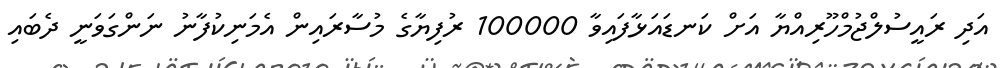
އަދި ރައީސުލްޖުމްހޫރިއްޔާ އަށް ކަނޑައަޅާފައިވާ 100000 ރުފިޔާގެ މުސާރައިން އެމަނިކުފާނު ނަންގަވަނީ ދެބައި